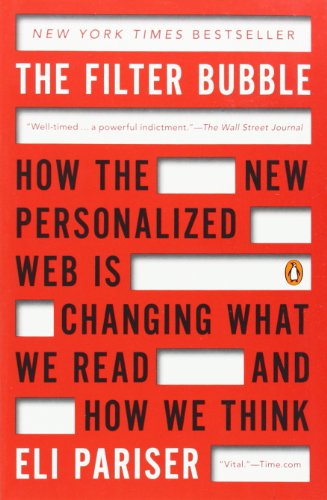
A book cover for The Filter Bubble: How the New Personalized Web Is Changing What We Read and How We Think; Eli Pariser; Computers & Technology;